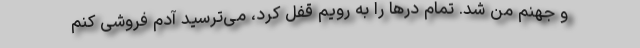
و جهنم من شد. تمام درها را به رویم قفل کرد، می‌ترسید آدم فروشی کنم